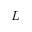
L